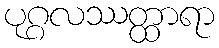
ပုဂ္ဂလဿတ္ထာရာ